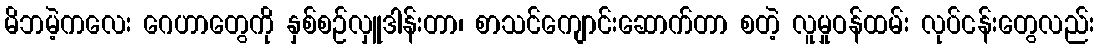
မိဘမဲ့ကလေး ဂေဟာတွေကို နှစ်စဉ်လှူဒါန်းတာ၊ စာသင်ကျောင်းဆောက်တာ စတဲ့ လူမှုဝန်ထမ်း လုပ်ငန်းတွေလည်း